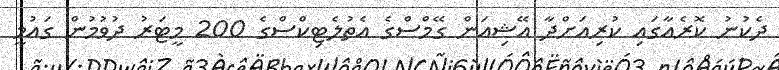
ދެކުނު ކޮރެއާގައި ކުރިއަށްދާ އޭޝިއަން ގޭމްސްގެ އެތުލެޓިކްސްގެ 200 މީޓަރު ދުވުމުން ގައުމީ